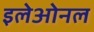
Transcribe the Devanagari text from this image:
इलेओनल